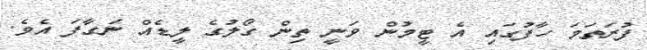
ފުރަތަމަ ހާފުގައި އެ ޓީމުން ވަނީ ތިން ގޯލުގެ ލީޑެއް ނަގާފަ އެވެ.